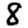
Digit: 8